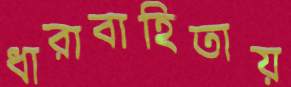
ধারাবাহিতায়